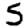
Digit: 5